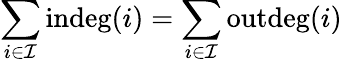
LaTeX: \sum_{i\in\mathcal{I}}\operatorname{indeg}(i)=\sum_{i\in\mathcal{I}}\operatorname{outdeg}(i)